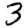
Digit: 3